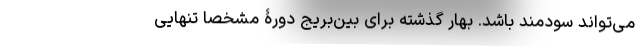
می‌تواند سودمند باشد. بهار گذشته برای بین‌بریج دورۀ مشخصاً تنهایی